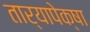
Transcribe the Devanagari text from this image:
तार्‍यापेक्षा